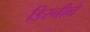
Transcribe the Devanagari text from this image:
डिस्नीने